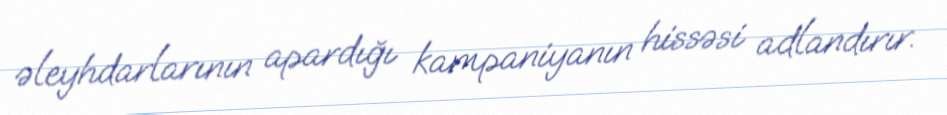
əleyhdarlarının apardığı kampaniyanın hissəsi adlandırır.